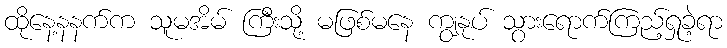
ထိုနေ့နနက်က သူမအိမ် ကြီးသို့ မဖြစ်မနေ ကျွနုပ် သွားရောက်ကြည့်ရှုခဲ့ရာ